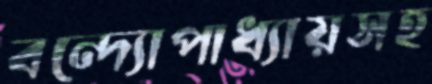
বন্দ্যোপাধ্যায়সহ